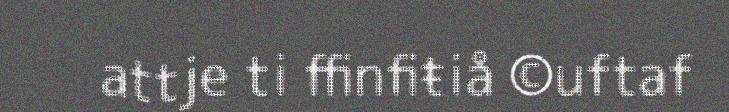
attje ti ffinfiŧiå ©uftaf